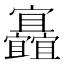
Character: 𡬐